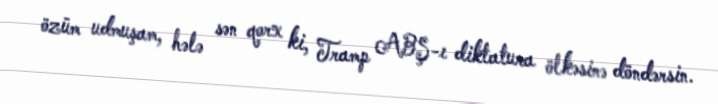
özüm udmuşam, hələ sən qorx ki, Tramp ABŞ-ı diktatura ölkəsinə döndərsin.